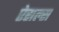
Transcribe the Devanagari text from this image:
ऐसल्स